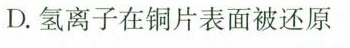
D.氢离子在铜片表面被还原